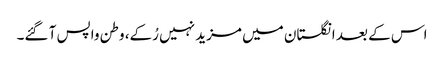
اس کے بعد انگلستان میں مزید نہیں رُکے، وطن واپس آ گئے۔